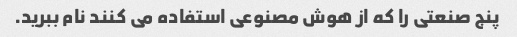
پنج صنعتی را که از هوش مصنوعی استفاده می کنند نام ببرید.